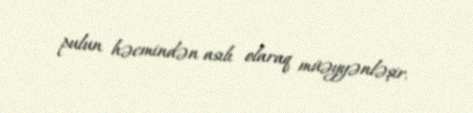
pulun həcmindən asılı olaraq müəyyənləşir.